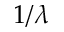
1 / \lambda